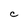
Character: C